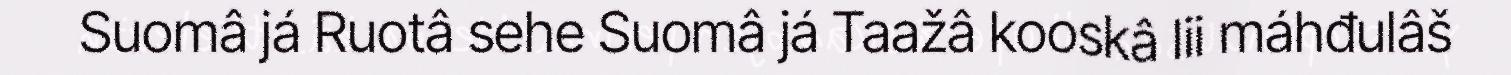
Suomâ já Ruotâ sehe Suomâ já Taažâ kooskâ lii máhđulâš